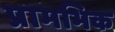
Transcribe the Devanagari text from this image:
प्रामभिक